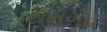
રામગઢ